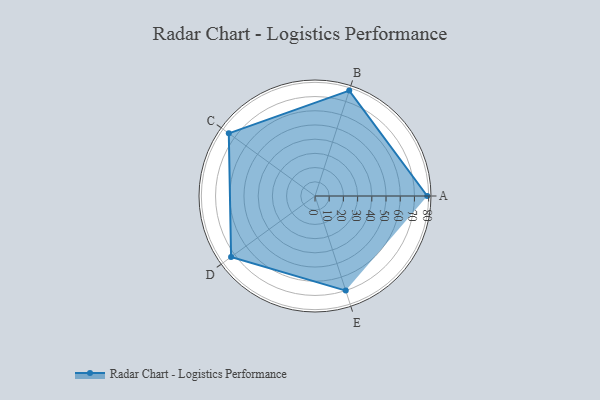
{"axis": {"x": "Skill", "y": "Score"}, "legend": ["Profile"], "data": [{"x": "A", "y": 79.0, "type": "Profile"}, {"x": "B", "y": 78.0, "type": "Profile"}, {"x": "C", "y": 75.0, "type": "Profile"}, {"x": "D", "y": 73.0, "type": "Profile"}, {"x": "E", "y": 70.0, "type": "Profile"}]}